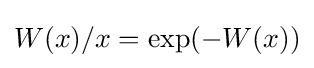
W(x)/x=\exp(-W(x))